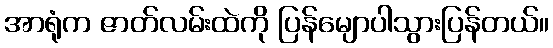
အာရုံက ဇာတ်လမ်းထဲကို ပြန်မျောပါသွားပြန်တယ်။